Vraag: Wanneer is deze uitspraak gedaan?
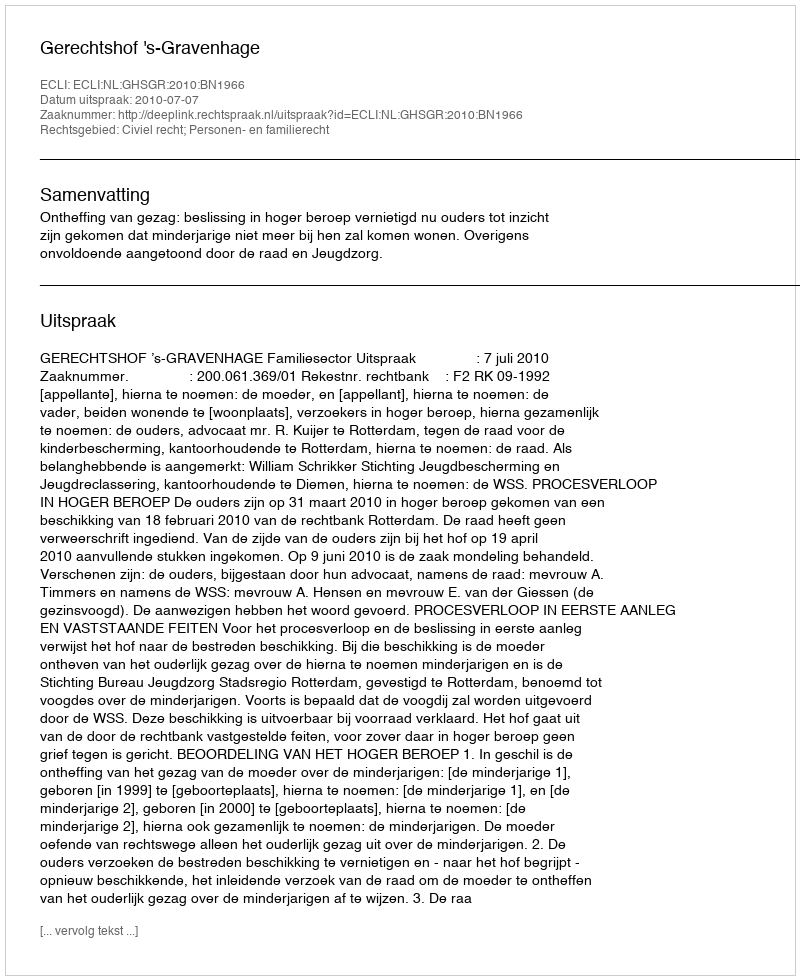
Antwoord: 2010-07-07